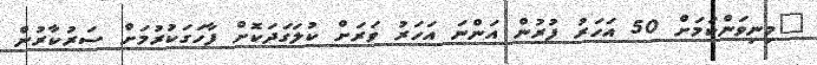
"މިނިވަންކަމަށް 50 އަހަރު ފުރުން އަންނަ އަހަރު ވަރަށް ކުލަގަދަކޮށް ފާހަގަކުރުމަށް ސަރުކާރުން